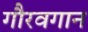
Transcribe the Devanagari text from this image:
गौरवगान